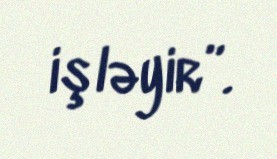
işləyir”.